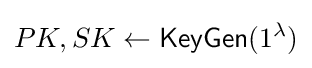
PK,SK\leftarrow {\mathsf {KeyGen}}(1^{\lambda })